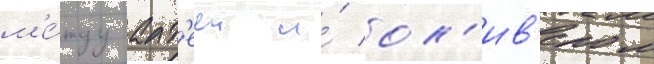
м'е́жду алт'ееи и́ ол'ив'ером